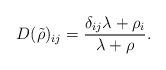
LaTeX: \begin{align*}D(\tilde{\rho})_{ij}=\frac{\delta_{ij}\lambda+\rho_{i}}{\lambda+\rho}.\end{align*}